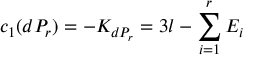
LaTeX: c _ { 1 } ( d P _ { r } ) = - K _ { d P _ { r } } = 3 l - \sum _ { i = 1 } ^ { r } { E _ { i } }